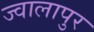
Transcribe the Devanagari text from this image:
ज्‍वालापुर